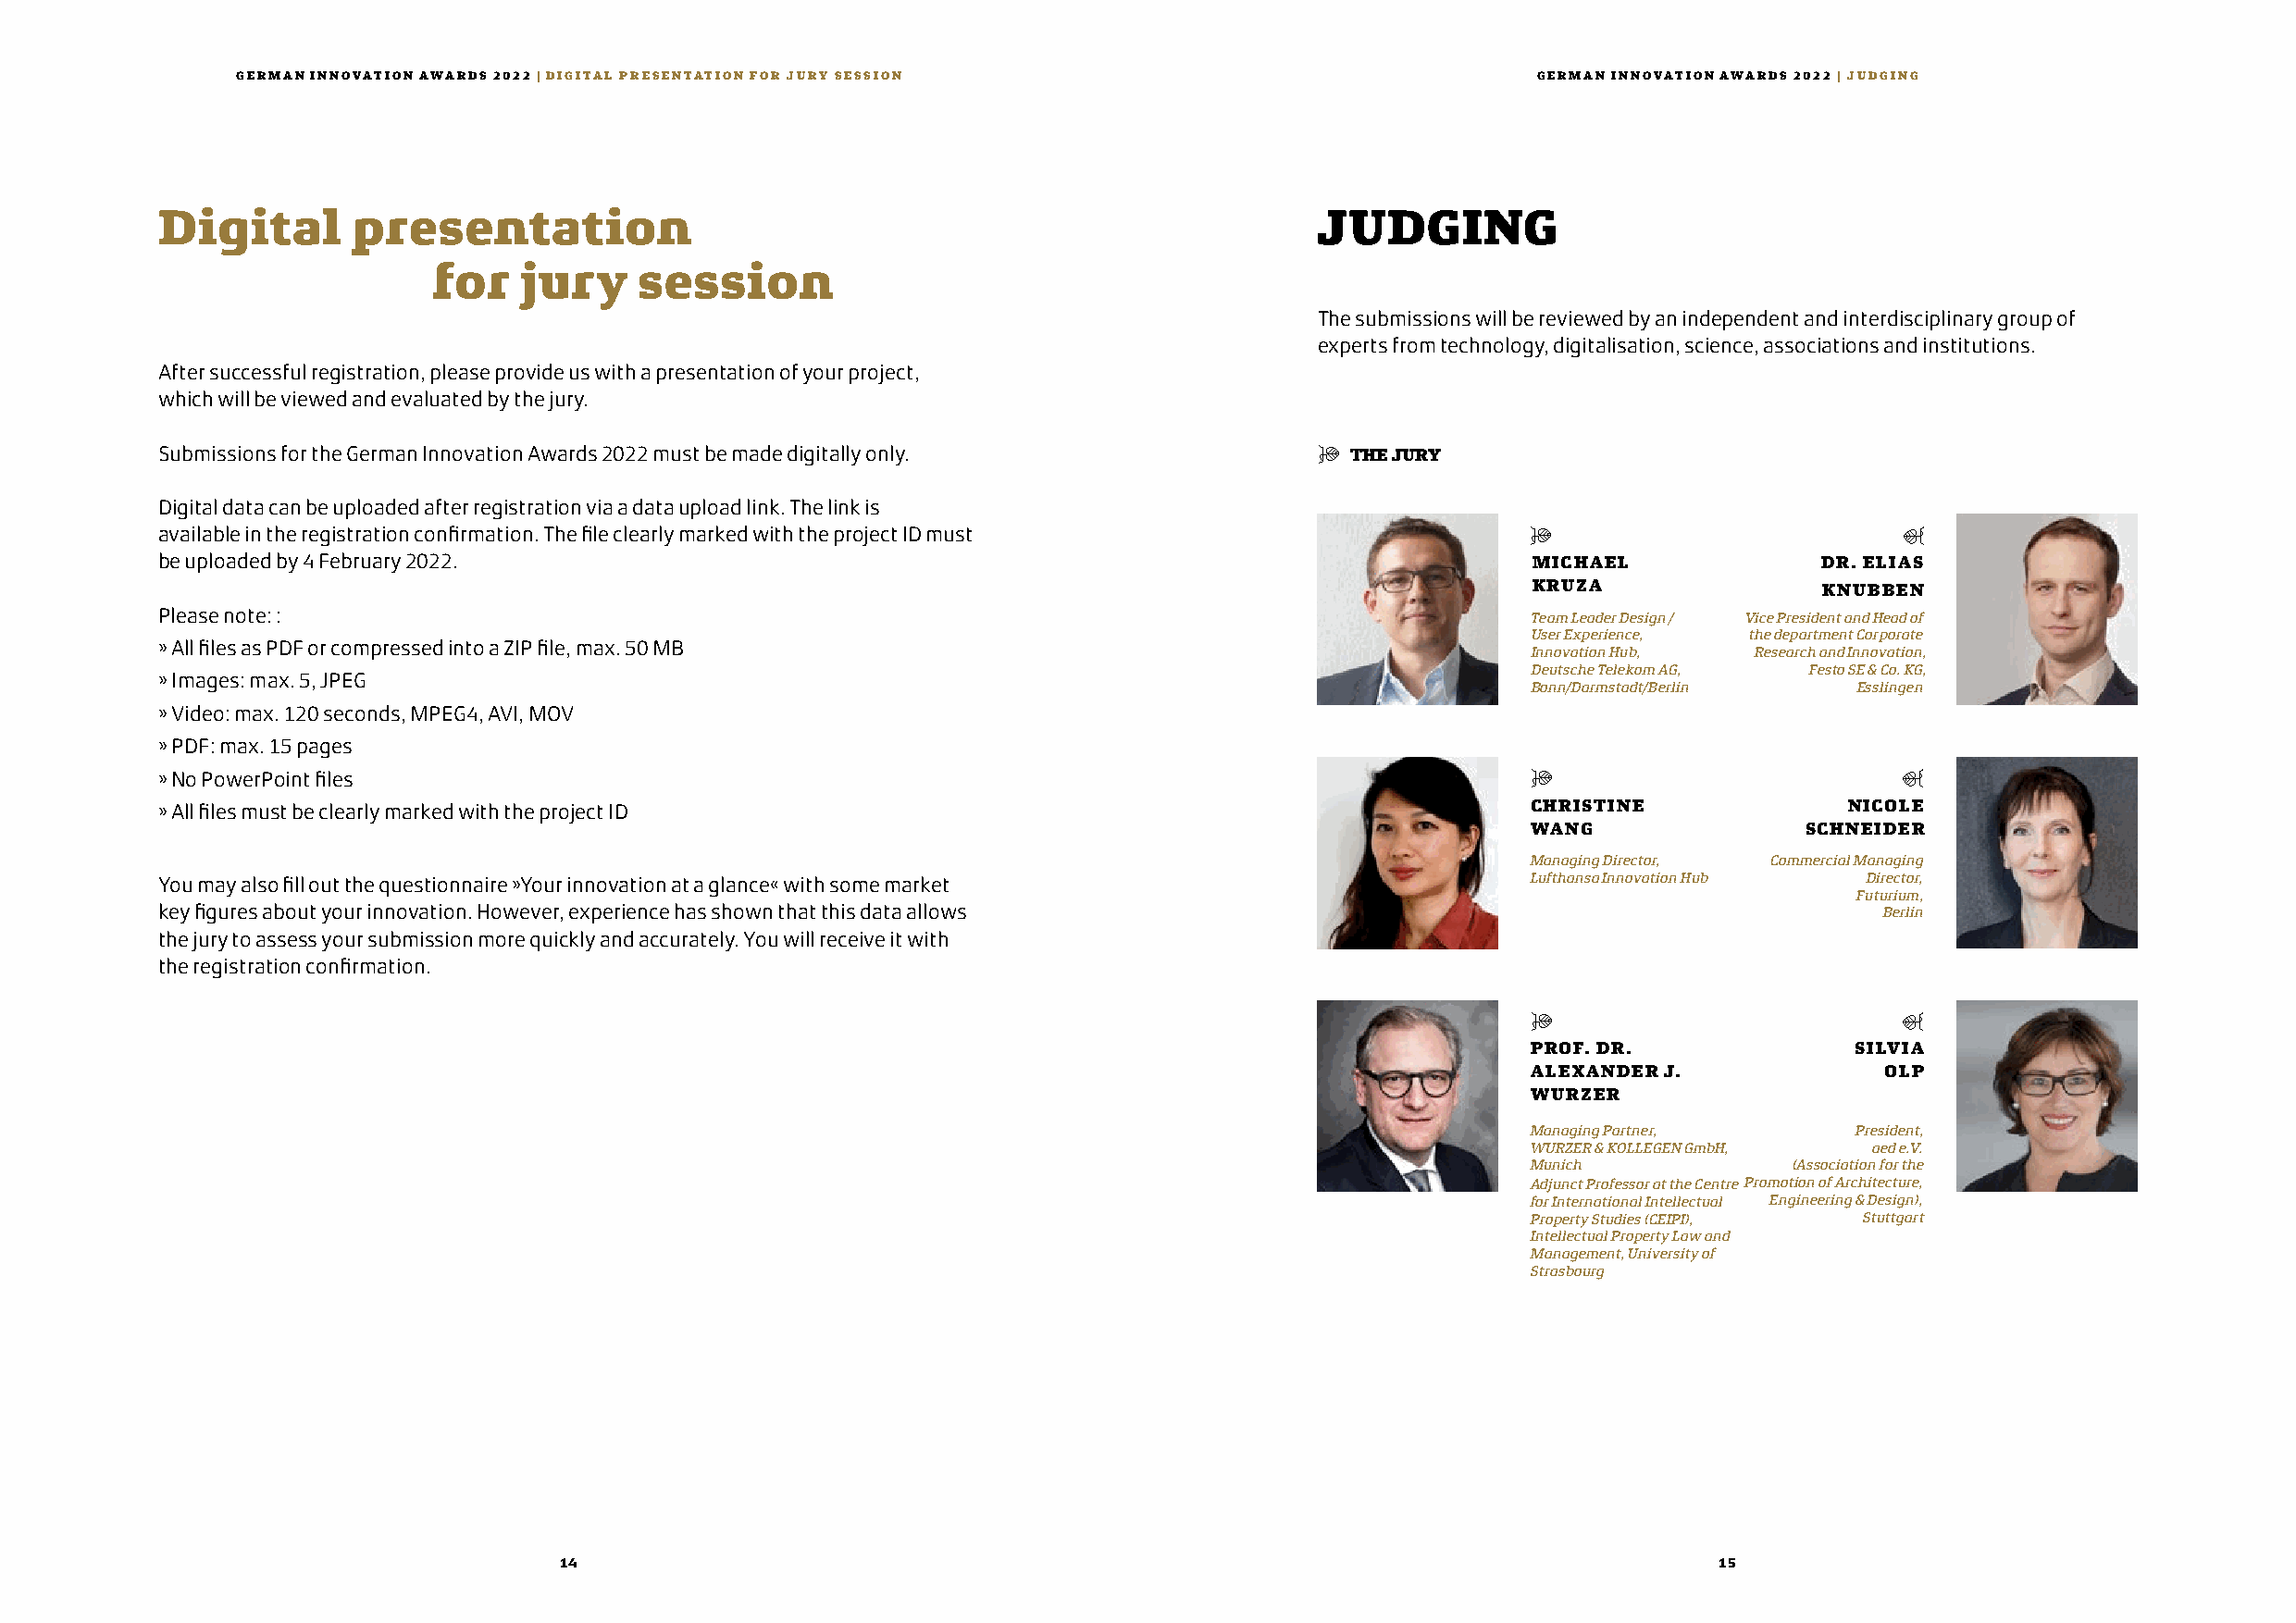
GERMAN INNOVATION AWARDS 2022 | DIGITAL PRESENTATION FOR JURY SESSION                        GERMAN INNOVATION AWARDS 2022 | JUDGING
 Digital       presentation                                                         JUDGING
 for   jury     session
 The submissions will be reviewed by an independent and interdisciplinary group of
 experts from technology, digitalisation, science, associations and institutions.
 After successful registration, please provide us with a presentation of your project,
 which will be viewed and evaluated by the jury.
 Submissions for the German Innovation Awards 2022 must be made digitally only.     $  THE JURY
 Digital data can be uploaded after registration via a data upload link. The link is
 available in the registration confirmation. The file clearly marked with the project ID must      $                          #
 be uploaded by 4 February 2022.                                                                    MICHAEL             DR. ELIAS
 KRUZA               KNUBBEN
 Please note: :                                                                                    Team Leader Design / Vice President and Head of
 User Experience, the department Corporate
 » All files as PDF or compressed into a ZIP file, max. 50 MB
 Innovation Hub, Research and Innovation,
 Deutsche Telekom AG, Festo SE & Co. KG,
 » Images: max. 5, JPEG
 Bonn/Darmstadt/Berlin  Esslingen
 » Video: max. 120 seconds, MPEG4, AVI, MOV
 » PDF: max. 15 pages
 » No PowerPoint files                                                                             $                          #
 » All files must be clearly marked with the project ID                                            CHRISTINE              NICOLE
 WANG                SCHNEIDER
 Managing Director, Commercial Managing
 You may also fill out the questionnaire »Your innovation at a glance« with some market            Lufthansa Innovation Hub Director,
 Futurium,
 key figures about your innovation. However, experience has shown that this data allows                                      Berlin
 the jury to assess your submission more quickly and accurately. You will receive it with
 the registration confirmation.
 $                          #
 PROF. DR.               SILVIA
 ALEXANDER J.              OLP
 WURZER
 Managing Partner,       President,
 WURZER & KOLLEGEN GmbH,  aed e.V.
 Munich             (Association for the
 Adjunct Professor at the Centre Promotion of Architecture,
 for International Intellectual Engineering & Design),
 Property Studies (CEIPI), Stuttgart
 Intellectual Property Law and
 Management, University of
 Strasbourg
 14                                                                                 15